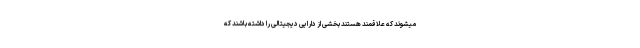
میشوند که علاقمند هستند بخشی از دارایی دیجیتالی را داشته باشند که